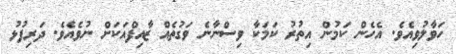
ހަވާލުވިއެވެ. އެހެން ކަމުން އިތުރު ކަމަކާ ވިސްނާނެ ވަގުތެއް ޒާއިފްއަކަށް ނުވެއެވެ. ދަރިފުޅު